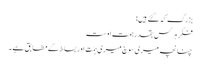
بزرگ کہ گئے ہیں:
فکرِ ہر کس بقدرِ ہمتِ اوست
چنانچہ میری سوچ میری ہمّت اور بساط کے مطابق ہے ۔